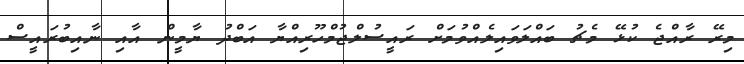
މިރޭ ރާއްޖެ ކުޅޭ މެޗު ބައްލަވައިލެއްވުމަށް ރައީސުލްޖުމްހޫރިއްޔާ އަބްދު ޔާމީން އާއި ނާއިބުރައީސް